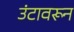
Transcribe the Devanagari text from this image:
उंटावरून